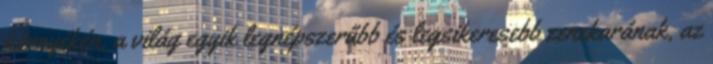
környékén, a világ egyik legnépszerűbb és legsikeresebb zenekarának, az